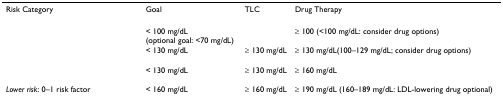
<table><thead><tr><td><b>Risk Category</b></td><td><b>Goal</b></td><td><b>TLC</b></td><td><b>Drug Therapy</b></td></tr></thead><tbody><tr><td>[EMPTY_CELL]</td><td>&lt; 100 mg/dL (optional goal: &lt;70 mg/dL)</td><td>[EMPTY_CELL]</td><td>≥ 100 (&lt;100 mg/dL: consider drug options)</td></tr><tr><td>[EMPTY_CELL]</td><td>&lt; 130 mg/dL</td><td>≥ 130 mg/dL</td><td>≥ 130 mg/dL(100–129 mg/dL; consider drug options)</td></tr><tr><td>[EMPTY_CELL]</td><td>&lt; 130 mg/dL</td><td>≥ 130 mg/dL</td><td>≥ 160 mg/dL</td></tr><tr><td><i>Lower risk</i>: 0–1 risk factor</td><td>&lt; 160 mg/dL</td><td>≥ 160 mg/dL</td><td>≥ 190 mg/dL (160–189 mg/dL: LDL-lowering drug optional)</td></tr></tbody></table>